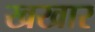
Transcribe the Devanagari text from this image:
खखार